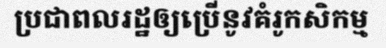
ប្រជាពលរដ្ឋឲ្យប្រើនូវគំរូកសិកម្ម